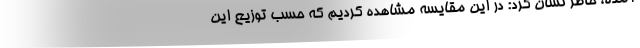
آمده، خاطر نشان کرد: در این مقایسه مشاهده کردیم که حسب توزیع این